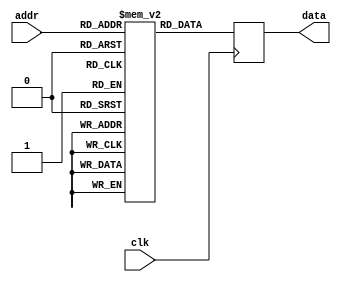
//----------------------------------------------------------------------------
//-- Memoria ROM de 16 x 4
//------------------------------------------
//-- (C) BQ. October 2015. Written by Juan Gonzalez (Obijuan)
//-- GPL license
//----------------------------------------------------------------------------
//-- La memoria est inicializada con los valores para sacar por los leds
//-- y generar una secuencia de luces
//----------------------------------------------------------------------------

module rom16x4 (input clk,
                input wire [3:0] addr,
                output reg [3:0] data);

  //-- Memoria
  reg [3:0] rom [0:31];

  always @(negedge clk) begin
    data <= rom[addr];
  end


//-- ROM2: Secuencia
initial begin
    rom[0] = 4'h1; 
    rom[1] = 4'h2;
    rom[2] = 4'h4;
    rom[3] = 4'h8;
    rom[4] = 4'h1; 
    rom[5] = 4'h8;
    rom[6] = 4'h4;
    rom[7] = 4'h2;
    rom[8] = 4'h1; 
    rom[9] = 4'hF;
    rom[10] = 4'h0;
    rom[11] = 4'hF;
    rom[12] = 4'hC; 
    rom[13] = 4'h3;
    rom[14] = 4'hC;
    rom[15] = 4'h3;
   end

endmodule